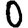
Digit: 0